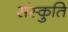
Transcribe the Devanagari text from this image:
संस्कुति